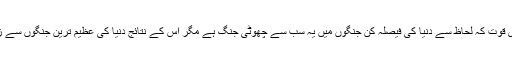
جس کے بارے میں کہا جاتا ہے افرادی قوت کہ لحاظ سے دنیا کی فیصلہ کن جنگوں میں یہ سب سے چھوٹی جنگ ہے مگر اس کے نتائج دنیا کی عظیم ترین جنگوں سے زیادہ مؤثر اور تاقیامت رہنے والے ہیں۔